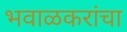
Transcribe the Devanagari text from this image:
भवाळकरांचा